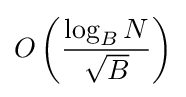
O\left({\frac {\log _{B}N}{\sqrt {B}}}\right)